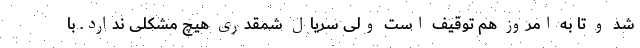
شد و تا به امروز هم توقیف است ولی سریال شمقدری هیچ مشکلی ندارد. با